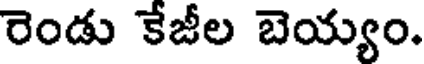
రెండు కేజీల బెయ్యం.